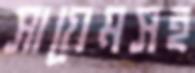
সায়েমসহ